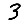
Digit: 3